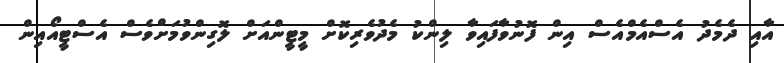
އާއި ދެމެދު އެސްއެމްއެސް އިން ފޮނުވާފައިވާ ލިންކު މެދުވެރިކޮށް މީޓީންއަށް ލޮގިންވުމަށްވެސް އެސްޓީއޯއިން